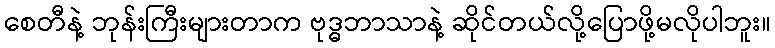
စေတီနဲ့ ဘုန်းကြီးများတာက ဗုဒ္ဓဘာသာနဲ့ ဆိုင်တယ်လို့ပြောဖို့မလိုပါဘူး။